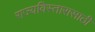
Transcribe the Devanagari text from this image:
राज्यविस्तारासाठी